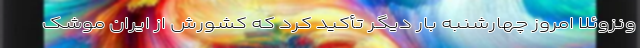
ونزوئلا امروز چهارشنبه بار دیگر تأکید کرد که کشورش از ایران موشک